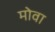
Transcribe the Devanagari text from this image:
मोवा